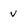
Character: v